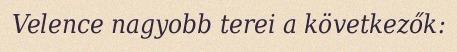
Velence nagyobb terei a következők: